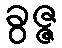
ခွဇ္ဇ